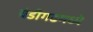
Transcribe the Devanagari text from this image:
चंडीगढमध्ये